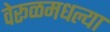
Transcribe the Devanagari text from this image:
वेरूळमधल्या